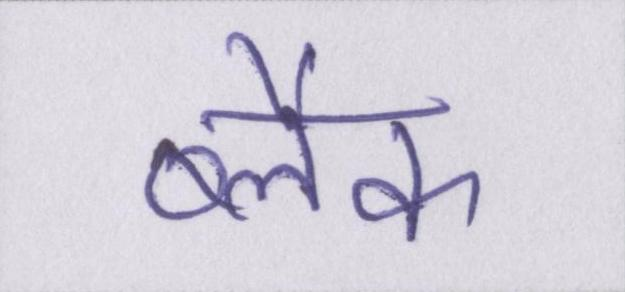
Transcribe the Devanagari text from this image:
ब्लैक